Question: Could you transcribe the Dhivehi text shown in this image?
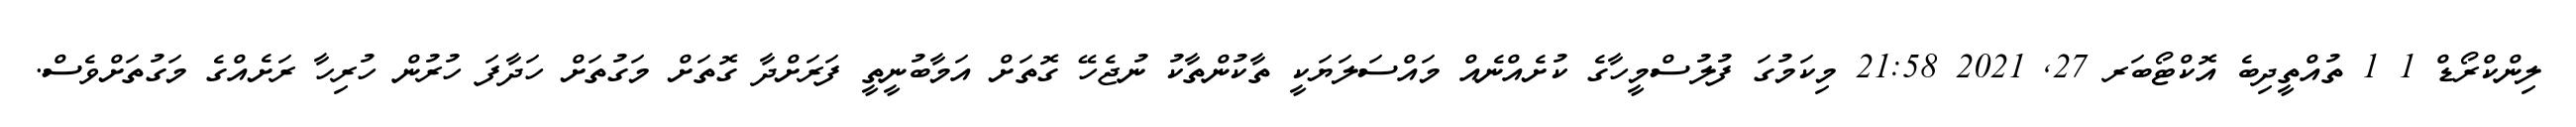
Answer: ލިންކްރޯޑް 1 1 ތުއްތީދިބެ އޮކްޓޯބަރ 27, 2021 21:58 މިކަމުގަ ފުލުސްމީހާގެ ކުށެއްނެއް މައްސަލަޔަކީ ތާކުންތާކު ނުޖެހޭ ގޮތަށް އަމާބުނީތީ ފަރަށްދާ ގޮތަށް މަގުތަށް ހަދާފަ ހުރުން ހުރިހާ ރަށެއްގެ މަގުތަށްވެސް.